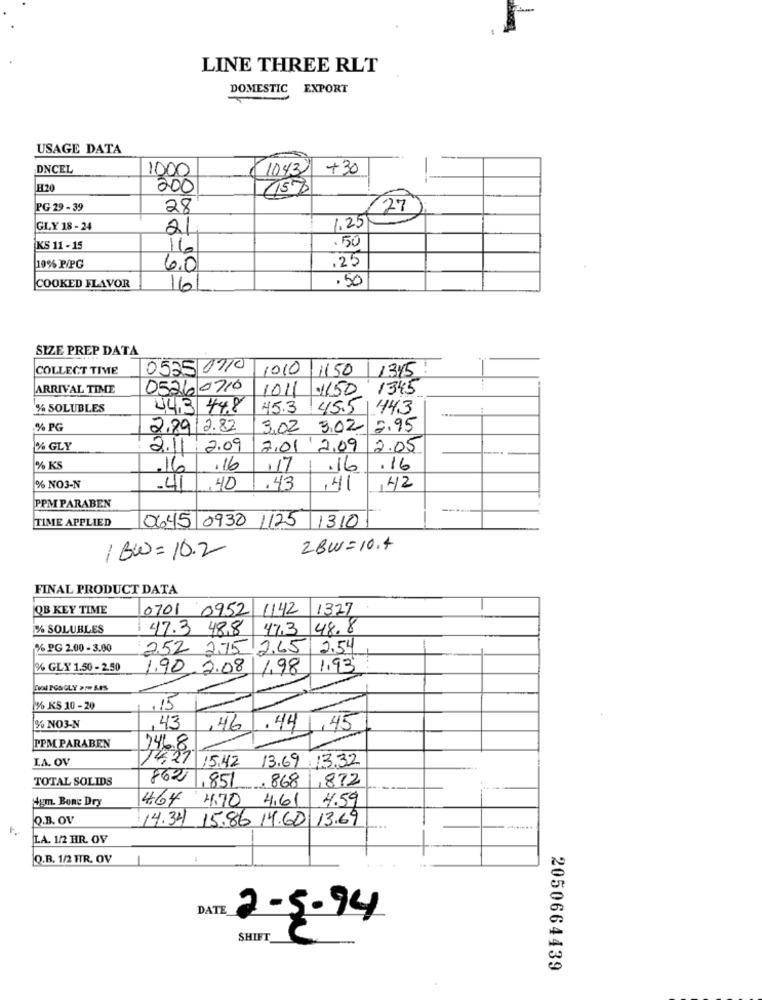
LINE THREE RLT
DOMESTIC EXPORT
USAGE DATA
DNCEL
1000
+30
--
H20
200
1150
PG 29 - 39
28
27
GLY 18 - 24
21
1.25
.50
KS 11 - 15
16
,25
19% P/PG
6.0
.50
COOKED FLAVOR
16
SIZE PREP DATA
COLLECT TIME
0525 1110
1010 1150 1345
ARRIVAL TIME
0526 /0710
1011
1150 1345
% SOLUBLES
443 448
45.3
45.5
443
% PG
2.89 2.82
3.02
3.02
2.95
% GLY
2.11 .2.09
2.01. 2.09
2.05
% KS
16
.16
117
-
.16
.16
% NO3-N
.41
,40
.43
,41
42
PPM PARABEN
TIME APPLIED
0645 0930
1125 1310
2BW=10.4
/ BW= 10.2
FINAL PRODUCT DATA
QB KEY TIME
0701 0952 1142 1327
% SOLUBLES
47.3 48,8
47.3 48.8
% PG 2.00 - 3.00
2.52 2.75
2.65
2.54
% GLX 1.50 - 2.50
1.90.2.08
1,98
1.93
% KS 10 -20
,15
% NO3-N
,43
,46
.44
,45
PPM PARABEN
7468
LA. OV
15.42 13.69 . 13.32
TOTAL SOLIDS
862
,851
.868
1872
Mem. Bone Dry
4.64
4.70
4,61
4.59
Q.B. OV
14.34 15.86 14.60 13.69
LA. 1/2 HR. OV
Q.B. 1/2 HR. OV
DATE
2-5.94
SHIFT
2050664439